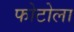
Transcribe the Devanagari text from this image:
फोटोला